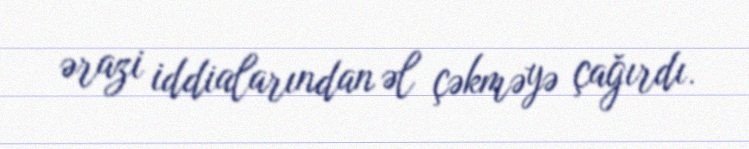
ərazi iddialarından əl çəkməyə çağırdı.